Indian journal of veterinary science and animal husbandry - Volume 8,
Year: 1938
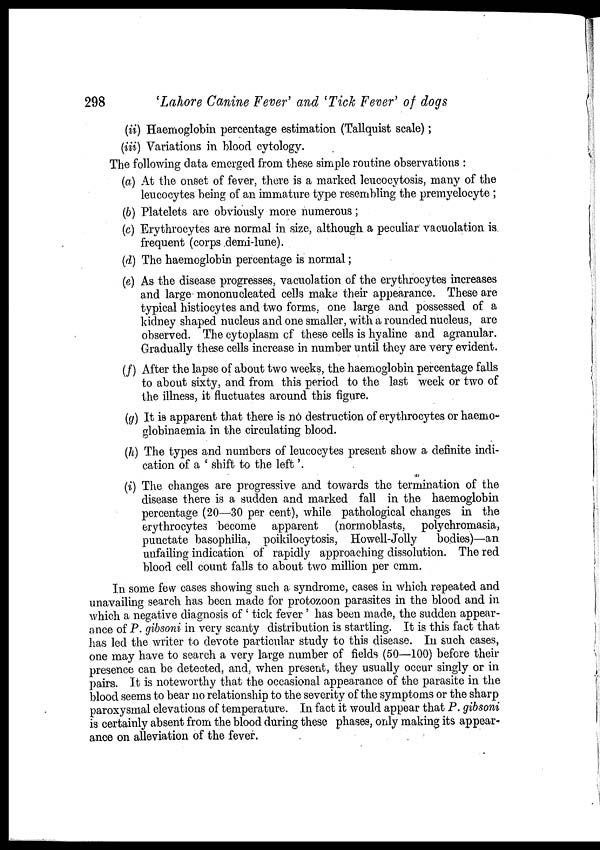
298
'Lahore Canine Fever' and 'Tick Fever' of dogs
(ii) Haemoglobin percentage estimation (Tallquist scale);
(iii) Variations in blood cytology.
The following data emerged from these simple routine observations :
(a) At the onset of fever, there is a marked leucocytosis, many of the
leucocytes being of an immature type resembling the promyelocyte ;
(b) Platelets are obviously more numerous;
(c) Erythrocytes are normal in size, although a peculiar vacuolation is
frequent (corps demi-lune).
(d) The haemoglobin percentage is normal;
(e) As the disease progresses, vacuolation of the erythrocytes increases
and large mononucleated cells make their appearance. These are
typical histiocytes and two forms, one large and possessed of a
kidney shaped nucleus and one smaller, with a rounded nucleus, are
observed. The cytoplasm of these cells is hyaline and agranular.
Gradually these cells increase in number until they are very evident.
(f) After the lapse of about two weeks, the haemoglobin percentage falls
to about sixty, and from this period to the last week or two of
the illness, it fluctuates around this figure.
(g) It is apparent that there is no destruction of erythrocytes or haemo¬
globinaemia in the circulating blood.
(h) The types and numbers of leucocytes present show a definite indi-
cation of a ' shift to the left'.
(i) The changes are progressive and towards the termination of the
disease there is a sudden and marked fall in the haemoglobin
percentage (20—30 per cent), while pathological changes in the
erythrocytes become apparent (normoblasts, polychromasia,
punctate basophilia, poikilocytosis, Howell-Jolly
bodies)—an
unfailing indication of rapidly approaching dissolution. The red
blood cell count falls to about two million per cmm.
In some few cases showing such a syndrome, cases in which repeated and
unavailing search has been made for protozoon parasites in the blood and in
which a negative diagnosis of ' tick fever ' has been made, the sudden appear-
ance of P. gibsoni in very scanty distribution is startling. It is this fact that
has led the writer to devote particular study to this disease. In such cases,
one may have to search a very large number of fields (50—100) before their
presence can be detected, and, when present, they usually occur singly or in
pairs. It is noteworthy that the occasional appearance of the parasite in the
blood seems to bear no relationship to the severity of the symptoms or the sharp
paroxysmal elevations of temperature. In fact it would appear that P. gibsoni
is certainly absent from the blood during these phases, only making its appear-
ance on alleviation of the fever.